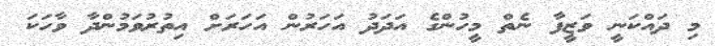
މި ދައްކަނީ ވަޒީފާ ނެތް މީހުންގެ އަދަދު އަހަރުން އަހަރަށް އިތުރުވަމުންދާ ވާހަކަ